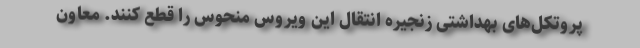
پروتکل‌های بهداشتی زنجیره انتقال این ویروس منحوس را قطع کنند. معاون